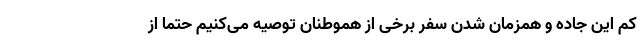
کم این جاده و همزمان شدن سفر برخی از هموطنان توصیه می‌کنیم حتما از